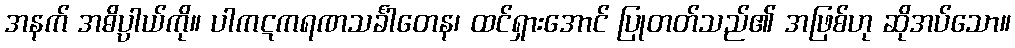
အနက် အဓိပ္ပာယ်ကို။ ပါကဋကရဏသင်္ခါတေန၊ ထင်ရှားအောင် ပြုတတ်သည်၏ အဖြစ်ဟု ဆိုအပ်သော။